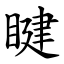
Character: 睷